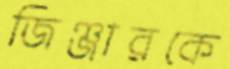
জিঞ্জারকে